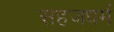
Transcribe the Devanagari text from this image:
सहजधर्म